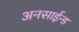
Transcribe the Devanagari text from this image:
अनसाईन्ड